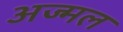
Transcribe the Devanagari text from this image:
अज्मल